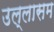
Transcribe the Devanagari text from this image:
उल्लासम